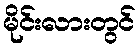
မိုင်းလားတွင်